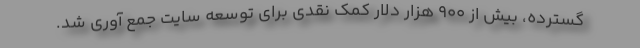
گسترده، بیش از 900 هزار دلار کمک نقدی برای توسعه سایت جمع آوری شد.